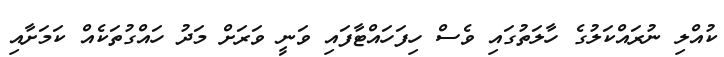
ކުއްލި ނުރައްކަލުގެ ހާލަތުގައި ވެސް ހިފަހައްޓާފައި ވަނީ ވަރަށް މަދު ހައްގުތަކެއް ކަމަށާއި